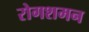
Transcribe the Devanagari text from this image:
रोगशमन